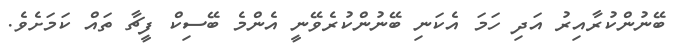
ބޭނުންކުރާއިރު އަދި ހަމަ އެކަނި ބޭނުންކުރެވޭނީ އެންމެ ބޭސިކް ފީޗާ ތައް ކަމަށެވެ.